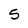
Character: 5